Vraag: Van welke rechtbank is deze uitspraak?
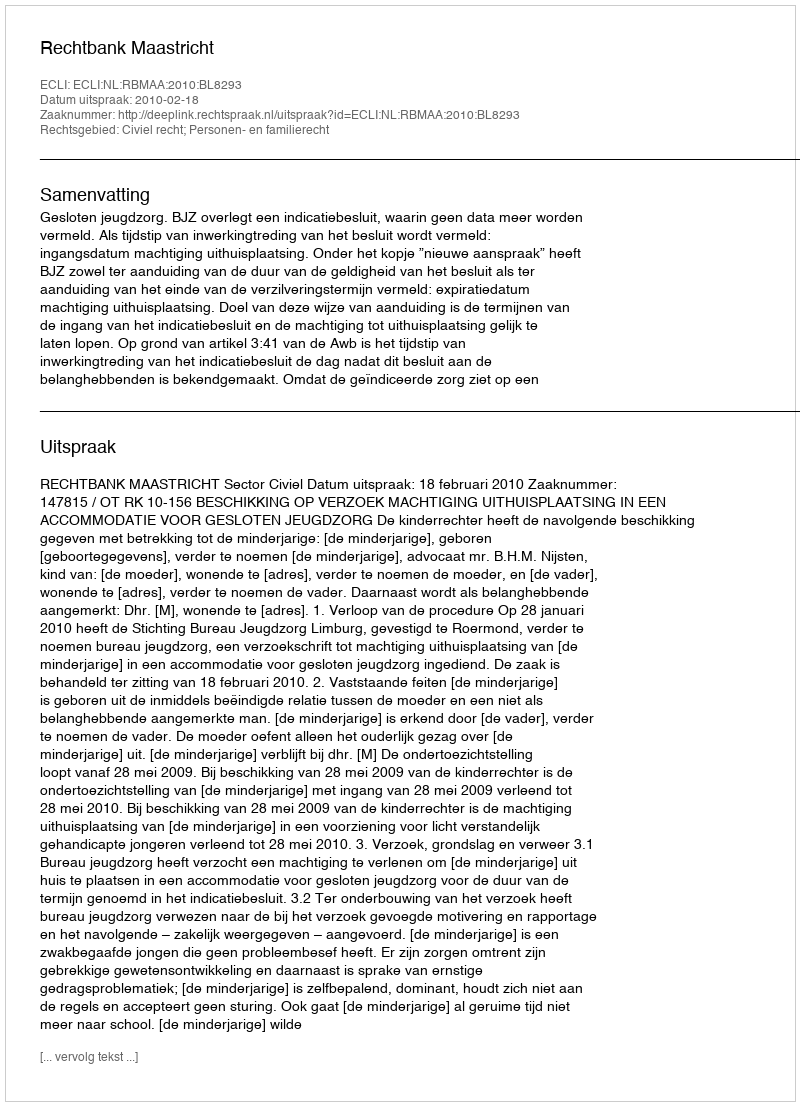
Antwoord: Rechtbank Maastricht